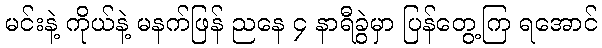
မင်းနဲ့ ကိုယ်နဲ့ မနက်ဖြန် ညနေ ၄ နာရီခွဲမှာ ပြန်တွေ့ကြ ရအောင်